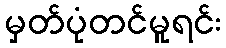
မှတ်ပုံတင်မူရင်း